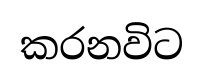
කරනවිට